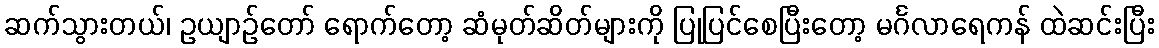
ဆက်သွားတယ်၊ ဥယျာဉ်တော် ရောက်တော့ ဆံမုတ်ဆိတ်များကို ပြုပြင်စေပြီးတော့ မင်္ဂလာရေကန် ထဲဆင်းပြီး